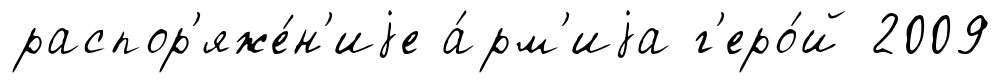
распор'яже́н'иjе а́рм'иjа г'еро́й 2009